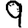
Digit: 9